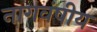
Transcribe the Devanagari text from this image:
नागवंषीय